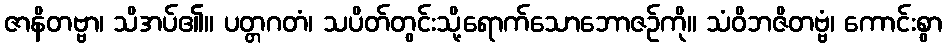
ဇာနိတဗ္ဗာ၊ သိအပ်၏။ ပတ္တဂတံ၊ သပိတ်တွင်းသို့ရောက်သောဘောဇဉ်ကို။ သံဝိဘဇိတဗ္ဗံ၊ ကောင်းစွာ